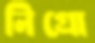
নিগ্রো